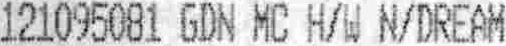
121095081 GDN MC H/W N/DREAM